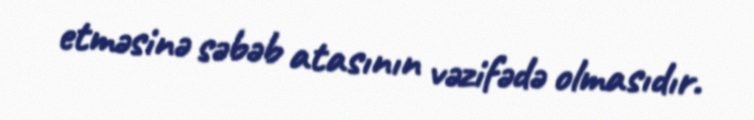
etməsinə səbəb atasının vəzifədə olmasıdır.